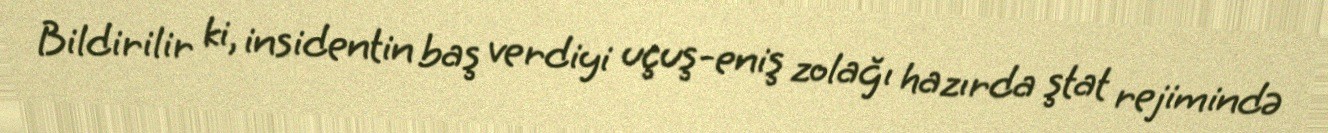
Bildirilir ki, insidentin baş verdiyi uçuş-eniş zolağı hazırda ştat rejimində